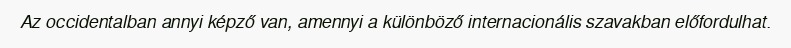
Az occidentalban annyi képző van, amennyi a különböző internacionális szavakban előfordulhat.